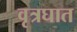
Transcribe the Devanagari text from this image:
वृत्रघात